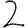
Digit: 2